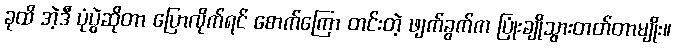
ခုထိ အဲ့ဒီ ပုံပွဲဆိုတာ ပြောလိုက်ရင် စောက်ကြော တင်းတဲ့ ဖျက်ခွက်က ပြုံးချိုသွားတတ်တာမျိုး။